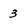
Character: 3